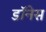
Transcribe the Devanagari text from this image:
डॉनेस